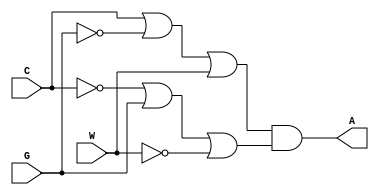
module lab3step2(C, G, W, A);
	input C, G, W;
	output A;
	
	assign A = ((C | ~G | W) & (~C | G | ~W));
	
endmodule